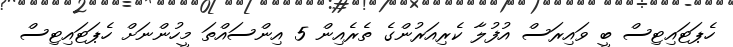
ހެޕަޓައިޓިސް ބީ ވައިރަސް އުފުލާ ކެރިއަރުންގެ ތެރެއިން 5 އިންސައްތަ މީހުންނަށް ހެޕަޓައިޓިސް